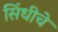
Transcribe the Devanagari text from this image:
सिंधीचे